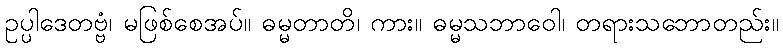
ဥပ္ပါဒေတဗ္ဗံ၊ မဖြစ်စေအပ်။ ဓမ္မတာတိ၊ ကား။ ဓမ္မသဘာဝေါ၊ တရားသဘောတည်း။